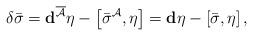
LaTeX: \begin{align*}\delta\bar\sigma=\mathbf{d}^{\overline{\mathcal{A}}}\eta-\left[\bar\sigma^\mathcal{A},\eta\right] = \mathbf{d}\eta -\left[\bar{ \sigma}, \eta \right],\end{align*}